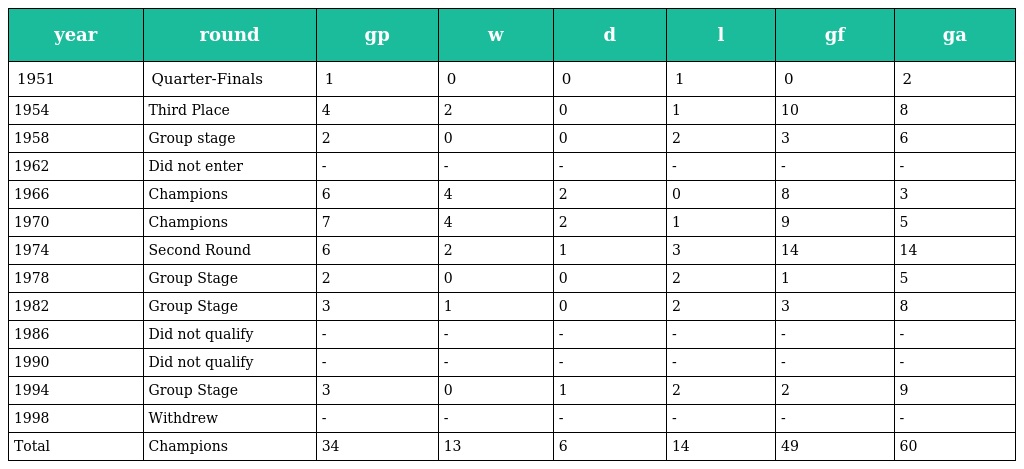
| year | round | gp | w | d | l | gf | ga |
 | --- | --- | --- | --- | --- | --- | --- | --- |
 | 1951 | Quarter-Finals | 1 | 0 | 0 | 1 | 0 | 2 |
 | 1954 | Third Place | 4 | 2 | 0 | 1 | 10 | 8 |
 | 1958 | Group stage | 2 | 0 | 0 | 2 | 3 | 6 |
 | 1962 | Did not enter | - | - | - | - | - | - |
 | 1966 | Champions | 6 | 4 | 2 | 0 | 8 | 3 |
 | 1970 | Champions | 7 | 4 | 2 | 1 | 9 | 5 |
 | 1974 | Second Round | 6 | 2 | 1 | 3 | 14 | 14 |
 | 1978 | Group Stage | 2 | 0 | 0 | 2 | 1 | 5 |
 | 1982 | Group Stage | 3 | 1 | 0 | 2 | 3 | 8 |
 | 1986 | Did not qualify | - | - | - | - | - | - |
 | 1990 | Did not qualify | - | - | - | - | - | - |
 | 1994 | Group Stage | 3 | 0 | 1 | 2 | 2 | 9 |
 | 1998 | Withdrew | - | - | - | - | - | - |
 | Total | Champions | 34 | 13 | 6 | 14 | 49 | 60 |